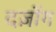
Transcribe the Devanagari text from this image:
दज़ोंग